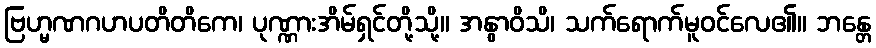
ဗြဟ္မဏဂဟပတိတိကေ၊ ပုဏ္ဏားအိမ်ရှင်တို့သို့။ အနွာဝိသိ၊ သက်ရောက်မူဝင်လေ၏။ ဘန္တေ